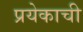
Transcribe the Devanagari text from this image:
प्रयेकाची